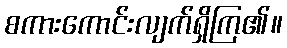
စကားကောင်းလျက်ရှိကြ၏။